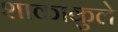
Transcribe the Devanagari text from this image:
शाकाकुले